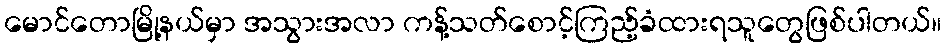
မောင်တောမြို့နယ်မှာ အသွားအလာ ကန့်သတ်စောင့်ကြည့်ခံထားရသူတွေဖြစ်ပါတယ်။